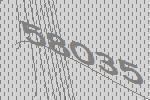
58035